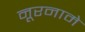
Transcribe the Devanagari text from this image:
नूरनामे